Rangoon Lunatic Asylum 1878-1892 - 1878-1892
Year: 1878
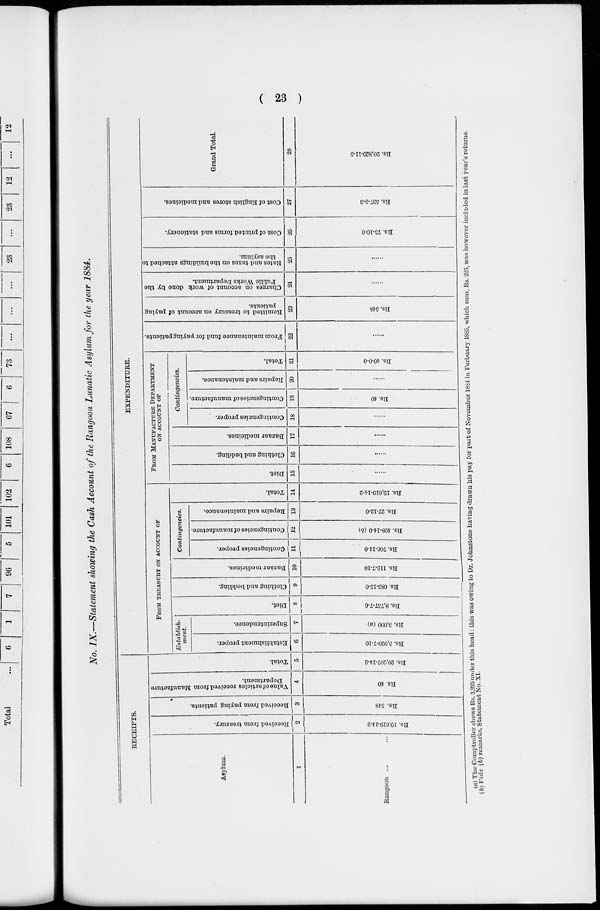
( 23 )
No. IX.—Statement showing the Cash Account of the Rangoon Lunatic Asylum for the year 1884.
RECEIPTS.
Asylum.
1
Rangoon ...
Received from treasury.
2
Rs. 19,610-14-2
Received from paying patients.
3
Rs. 548
Value of articles received from Manufacture
Department.
4
Rs. 40
Total.
5
Rs. 20,207-14-2
EXPENDITURE.
FROM TREASURY ON ACCOUNT OF
Establish-
ment.
Establishment proper.
6
Rs. 5,920-7-10
Superintendence.
7
Rs. 3,000 (a)
Diet.
8
Rs. 8,757-7-6
Clothing and bedding.
9
Rs. 685-15-0
Bazaar medicines.
10
Rs. 112-7-10
Contingencies.
Contingencies proper.
11
Rs. 706-14-0
Contingencies of manufacture.
12
Rs. 408-14-0 (b)
Repairs and maintenance.
13
Rs. 27-12-0
Total.
14
Rs. 19,619-14-2
FROM MANUFACTURE DEPARTMENT
ON ACCOUNT OF
Diet.
15
....
Clothing and bedding.
16
....
Bazaar medicines.
17
....
Contingencies.
Contingencies proper.
18
....
Contingencies of manufacture.
19
Rs. 40
Repairs and maintenance.
20
....
Total.
21
Rs. 40-0-0
From maintenance fund for paying patients.
22
....
Remitted to treasury on account of paying
patients.
23
Rs. 548
Charges on account of work done by the
Public Works Department.
24
....
Rates and taxes on the buildings attached to
the asylum.
25
....
Cost of printed forms and stationery.
26
Rs. 75-10-0
Cost of English stores and medicines.
27
Rs. 537-3-3
Grand Total.
28
Rs. 20,820-11-5
(a) The Comptroller shows Rs. 3,225 under this head : this was owing to Dr. Johnstone having drawn his pay for part of November 1881 in Ferbuary 1885, which sum, Rs. 225, was however included in last year's returns
(b) Vide (b) remarks, Statement No. XI.